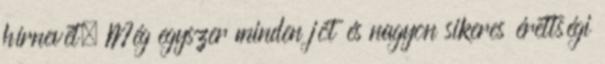
hírnevét. Még egyszer minden jót és nagyon sikeres érettségi